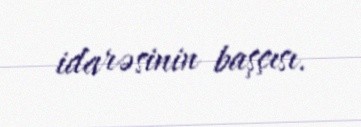
idarəsinin başçısı.